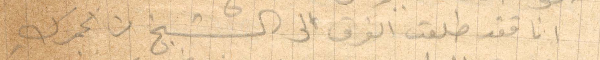
انا فقد طلعت الفرق الى الشيخ من الجمرك